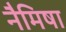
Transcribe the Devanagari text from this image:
नैमिषा